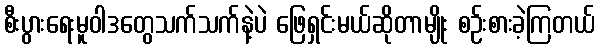
စီးပွားရေးမူဝါဒတွေသက်သက်နဲ့ပဲ ဖြေရှင်းမယ်ဆိုတာမျိုး စဉ်းစားခဲ့ကြတယ်